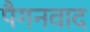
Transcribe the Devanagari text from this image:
पैगनवाद